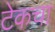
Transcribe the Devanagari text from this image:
टेकचा